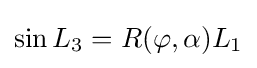
\sin L_{3}=R(\varphi ,\alpha )L_{1}